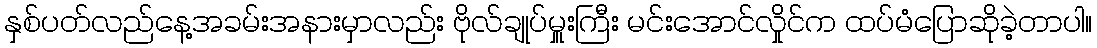
နှစ်ပတ်လည်နေ့အခမ်းအနားမှာလည်း ဗိုလ်ချုပ်မှူးကြီး မင်းအောင်လှိုင်က ထပ်မံပြောဆိုခဲ့တာပါ။